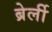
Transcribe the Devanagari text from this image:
ब्रेर्ली